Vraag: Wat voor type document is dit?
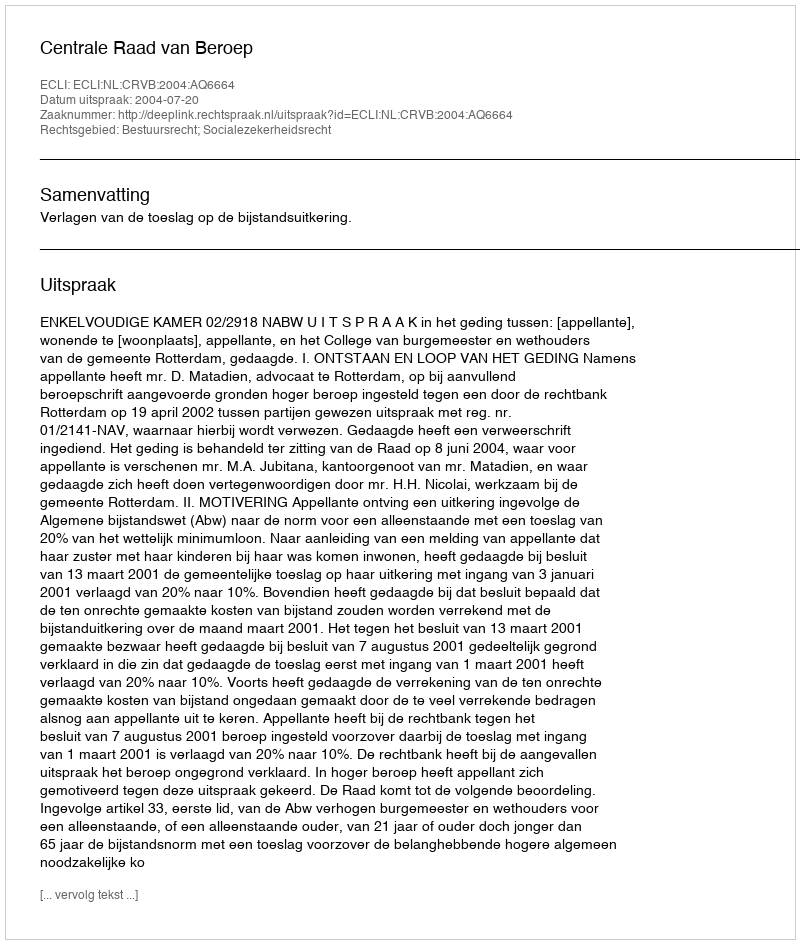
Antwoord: Uitspraak